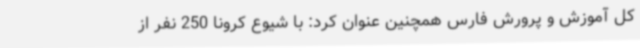
کل آموزش و پرورش فارس همچنین عنوان کرد: با شیوع کرونا 250 نفر از